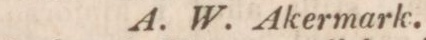
A. W. Akermark.